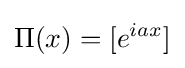
\Pi (x)=[e^{iax}]